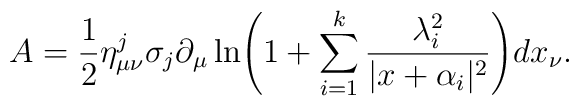
A=\frac{1}{2}{\eta}^j_{\mu\nu}\sigma_j\partial_\mu \ln \Biggl(1+\sum^k_{i=1}\frac{\lambda^2_i}{|x+\alpha_i|^2}\Biggr)dx_\nu.